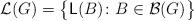
LaTeX: \begin{align*} \mathcal L (G) = \big\{ \mathsf L (B) \colon B \in \mathcal B (G) \big\}\end{align*}